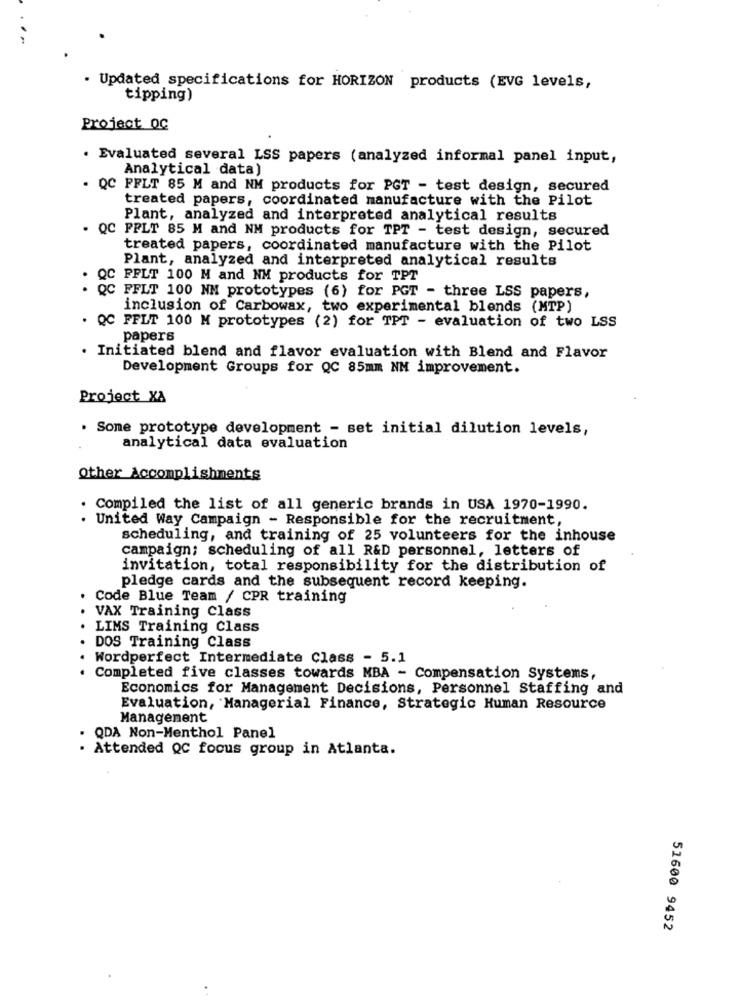
. Updated specifications for HORIZON products (EVG levels,
tipping)
Project OC
. Evaluated several LSS papers (analyzed informal panel input,
Analytical data)
. QC FFLT 85 M and NM products for PGT - test design, secured
treated papers, coordinated manufacture with the Pilot
Plant, analyzed and interpreted analytical results
. QC PPLT 85 M and NM products for TPT - test design, secured
treated papers, coordinated manufacture with the Pilot
Plant, analyzed and interpreted analytical results
QC FFLT 100 M and NM products for TPT
QC FFLT 100 NM prototypes (6) for PGT - three LSS papers,
inclusion of Carbowax, two experimental blends (MTP)
. QC FFLT 100 M prototypes (2) for TPT - evaluation of two LSS
papers
. Initiated blend and flavor evaluation with Blend and Flavor
Development Groups for QC 85mm NM improvement.
Project XA
. Sone prototype development - set initial dilution levels,
analytical data evaluation
other Accomplishments
Compiled the list of all generic brands in USA 1970-1990.
. United Way Campaign - Responsible for the recruitment,
scheduling, and training of 25 volunteers for the inhouse
campaign; scheduling of all R&D personnel, letters of
invitation, total responsibility for the distribution of
pledge cards and the subsequent record keeping.
Code Blue Team / CPR training
VAX Training Class
LIMS Training Class
DOS Training Class
Wordperfect Intermediate Class - 5.1
Completed five classes towards MBA - Compensation Systems,
Economics for Management Decisions, Personnel Staffing and
Evaluation, Managerial Finance, Strategic Human Resource
Management
QDA Non-Menthol Panel
. Attended QC focus group in Atlanta.
51600 9452